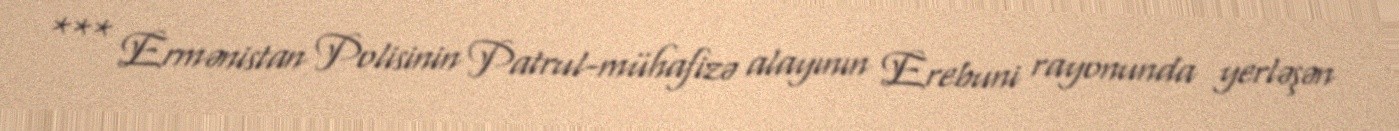
*** Ermənistan Polisinin Patrul-mühafizə alayının Erebuni rayonunda yerləşən